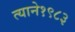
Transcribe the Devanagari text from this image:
त्याने१९८३